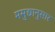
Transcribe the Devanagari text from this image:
मसुद्यानुसार